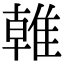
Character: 𨿨